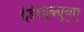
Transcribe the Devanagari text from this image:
ईडीयुक्युयुए